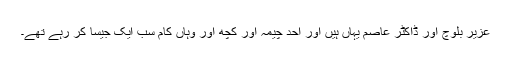
عزیر بلوچ اور ڈاکٹر عاصم یہاں ہیں اور احد چیمہ اور کچھ اور وہاں کام سب ایک جیسا کر رہے تھے۔